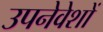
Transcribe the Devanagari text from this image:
उपनेवेशों